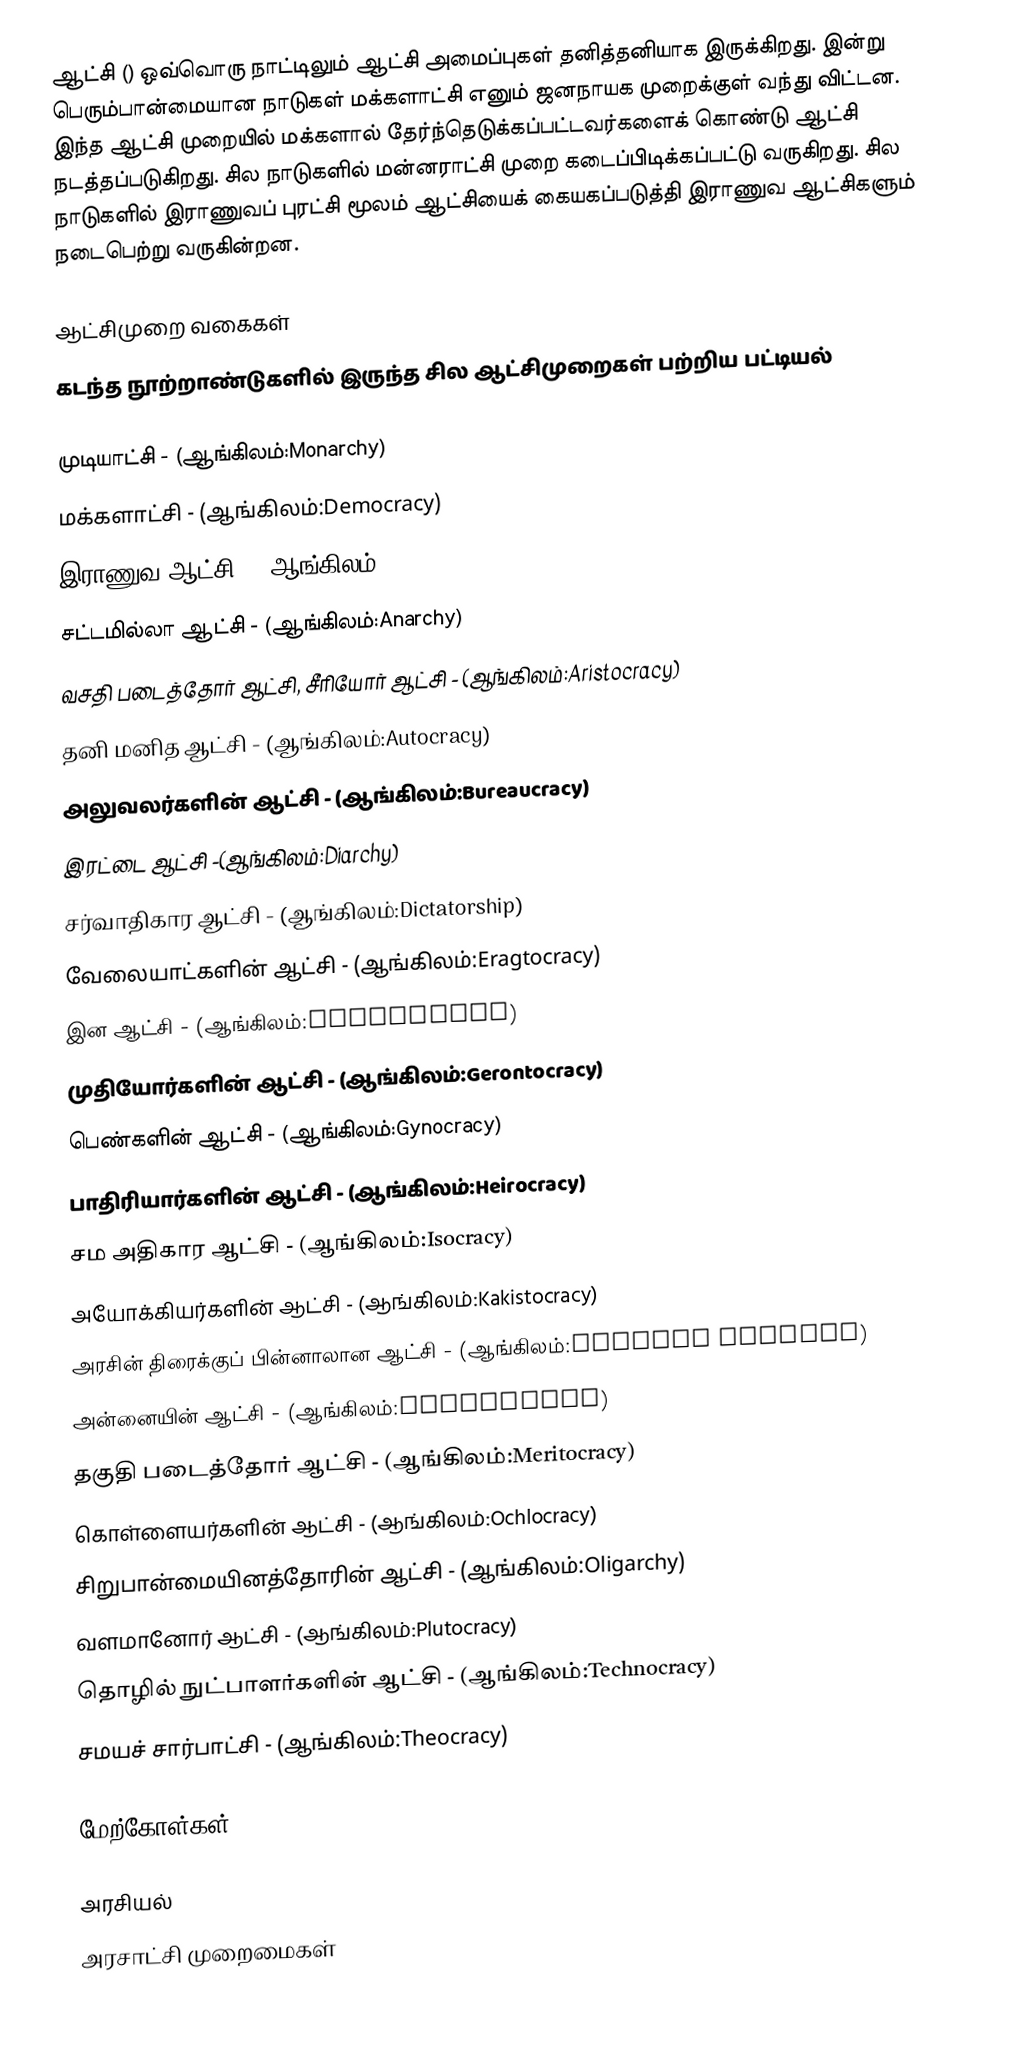
ஆட்சி () ஒவ்வொரு நாட்டிலும் ஆட்சி அமைப்புகள் தனித்தனியாக இருக்கிறது. இன்று பெரும்பான்மையான நாடுகள் மக்களாட்சி எனும் ஜனநாயக முறைக்குள் வந்து விட்டன. இந்த ஆட்சி முறையில் மக்களால் தேர்ந்தெடுக்கப்பட்டவர்களைக் கொண்டு ஆட்சி நடத்தப்படுகிறது. சில நாடுகளில் மன்னராட்சி முறை கடைப்பிடிக்கப்பட்டு வருகிறது. சில நாடுகளில் இராணுவப் புரட்சி மூலம் ஆட்சியைக் கையகப்படுத்தி இராணுவ ஆட்சிகளும் நடைபெற்று வருகின்றன.

ஆட்சிமுறை வகைகள்
கடந்த நூற்றாண்டுகளில் இருந்த சில ஆட்சிமுறைகள் பற்றிய பட்டியல்

 முடியாட்சி - (ஆங்கிலம்:Monarchy)
 மக்களாட்சி - (ஆங்கிலம்:Democracy)
 இராணுவ ஆட்சி - (ஆங்கிலம்:Stratocracy)
 சட்டமில்லா ஆட்சி - (ஆங்கிலம்:Anarchy)
 வசதி படைத்தோர் ஆட்சி, சீரியோர் ஆட்சி - (ஆங்கிலம்:Aristocracy)
 தனி மனித ஆட்சி - (ஆங்கிலம்:Autocracy)
 அலுவலர்களின் ஆட்சி - (ஆங்கிலம்:Bureaucracy)
 இரட்டை ஆட்சி -(ஆங்கிலம்:Diarchy)
 சர்வாதிகார ஆட்சி - (ஆங்கிலம்:Dictatorship)
 வேலையாட்களின் ஆட்சி - (ஆங்கிலம்:Eragtocracy)
 இன ஆட்சி - (ஆங்கிலம்:Ethnacracy)
 முதியோர்களின் ஆட்சி - (ஆங்கிலம்:Gerontocracy)
 பெண்களின் ஆட்சி - (ஆங்கிலம்:Gynocracy)
 பாதிரியார்களின் ஆட்சி - (ஆங்கிலம்:Heirocracy)
 சம அதிகார ஆட்சி - (ஆங்கிலம்:Isocracy)
 அயோக்கியர்களின் ஆட்சி - (ஆங்கிலம்:Kakistocracy)
 அரசின் திரைக்குப் பின்னாலான ஆட்சி - (ஆங்கிலம்:Kitchen Cabinet)
 அன்னையின் ஆட்சி - (ஆங்கிலம்:Matriarchy)
 தகுதி படைத்தோர் ஆட்சி - (ஆங்கிலம்:Meritocracy)
 கொள்ளையர்களின் ஆட்சி - (ஆங்கிலம்:Ochlocracy)
 சிறுபான்மையினத்தோரின் ஆட்சி - (ஆங்கிலம்:Oligarchy)
 வளமானோர் ஆட்சி - (ஆங்கிலம்:Plutocracy)
 தொழில் நுட்பாளர்களின் ஆட்சி - (ஆங்கிலம்:Technocracy)
 சமயச் சார்பாட்சி - (ஆங்கிலம்:Theocracy)

மேற்கோள்கள்

அரசியல்
அரசாட்சி முறைமைகள்